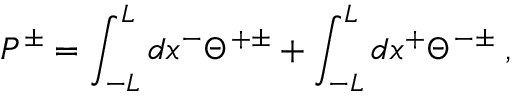
P ^ { \pm } = \int _ { - L } ^ { L } d x ^ { - } \Theta ^ { + \pm } + \int _ { - L } ^ { L } d x ^ { + } \Theta ^ { - \pm } \; ,